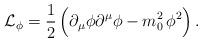
LaTeX: \begin{align*}{\cal L}_\phi=\frac{1}{2}\,\Bigl(\partial_\mu\phi\partial^\mu\phi-m_0^2\,\phi^2\Bigr)\,.\end{align*}